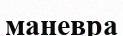
маневра